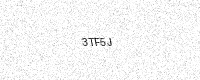
Text: 3TF5J